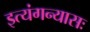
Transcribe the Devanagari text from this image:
इत्यंगन्यासः